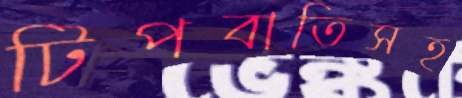
টিপবাতিসহ